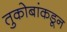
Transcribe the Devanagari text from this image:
तुकोबांकडून